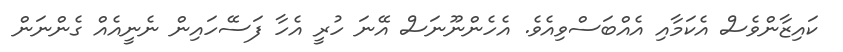
ކައިޒާންވެސް އެކަމާއި އެއްބަސްވިއެވެ. އެހެންނޫނަސް އޭނަ ހުރީ އެހާ ފަސޭހައިން ނެނީއެއް ގެންނަން